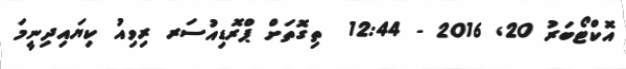
އޮކްޓޯބަރު 20